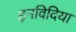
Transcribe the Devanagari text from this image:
इनविदिया